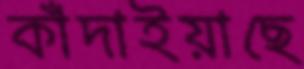
কাঁদাইয়াছে